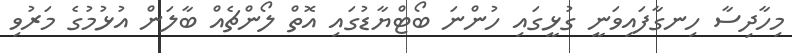
މިހާދިސާ ހިނގާފައިވަނީ ގުޅީގައި ހުންނަ ބޯޓްޔާޑުގައި އޮތް ލޯންޗެއް ބާލަން އުޅުމުގެ މަރުވި